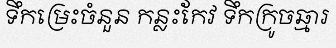
ទឹកម្រេះចំនួន កន្លះកែវ ទឹកក្រូចឆ្មារ